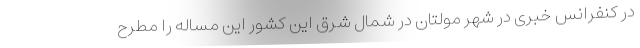
در کنفرانس خبری در شهر مولتان در شمال شرق این کشور این مساله را مطرح